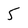
Character: 5